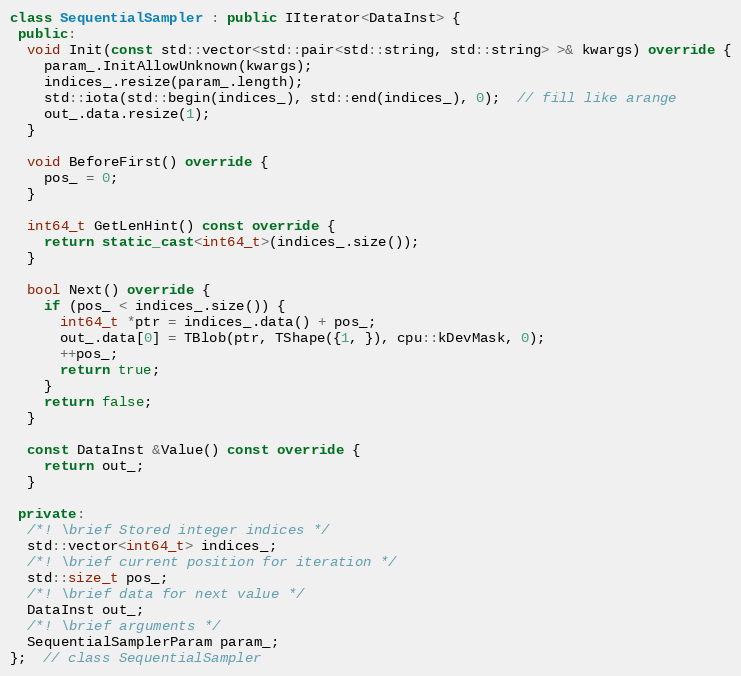
Language: C++
class SequentialSampler : public IIterator<DataInst> {
 public:
  void Init(const std::vector<std::pair<std::string, std::string> >& kwargs) override {
    param_.InitAllowUnknown(kwargs);
    indices_.resize(param_.length);
    std::iota(std::begin(indices_), std::end(indices_), 0);  // fill like arange
    out_.data.resize(1);
  }

  void BeforeFirst() override {
    pos_ = 0;
  }

  int64_t GetLenHint() const override {
    return static_cast<int64_t>(indices_.size());
  }

  bool Next() override {
    if (pos_ < indices_.size()) {
      int64_t *ptr = indices_.data() + pos_;
      out_.data[0] = TBlob(ptr, TShape({1, }), cpu::kDevMask, 0);
      ++pos_;
      return true;
    }
    return false;
  }

  const DataInst &Value() const override {
    return out_;
  }

 private:
  /*! \brief Stored integer indices */
  std::vector<int64_t> indices_;
  /*! \brief current position for iteration */
  std::size_t pos_;
  /*! \brief data for next value */
  DataInst out_;
  /*! \brief arguments */
  SequentialSamplerParam param_;
};  // class SequentialSampler